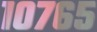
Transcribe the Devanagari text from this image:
१०७६५